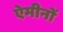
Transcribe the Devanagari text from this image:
ऐमीनों